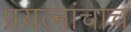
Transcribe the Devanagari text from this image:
प्रयत्‍नांचाच